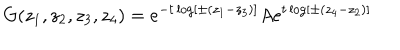
LaTeX: G ( z _ { 1 } , z _ { 2 } , z _ { 3 } , z _ { 4 } ) = e ^ { - t \log [ \pm ( z _ { 1 } - z _ { 3 } ) ] } A e ^ { t \log [ \pm ( z _ { 4 } - z _ { 2 } ) ] }